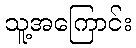
သူ့အကြောင်း